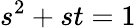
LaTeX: s^{2}+st=1